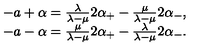
\begin{array} { c } { - a + \alpha = \frac \lambda { \lambda - \mu } 2 \alpha _ { + } - \frac \mu { \lambda - \mu } 2 \alpha _ { - } , } \\ { - a - \alpha = \frac \mu { \lambda - \mu } 2 \alpha _ { + } - \frac \lambda { \lambda - \mu } 2 \alpha _ { - } . } \\ \end{array}